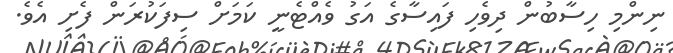
ނިންމި ހިސާބުން ދިވެހި ފައިސާގެ އަގު ވެއްޓެނީ ކަމަށް ސިފަކުރަން ފެށި އެވެ.